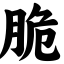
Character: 脆